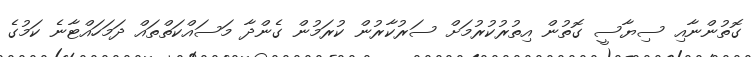
ގޮތުންނާއި ސިޔާސީ ގޮތުން އިތުރުކުރުމަށް ސަރުކާރުން ކުރަމުން ގެންދާ މަސައްކަތްތައް ދަމަހައްޓާނެ ކަމުގެ